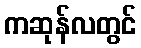
ကဆုန်လတွင်